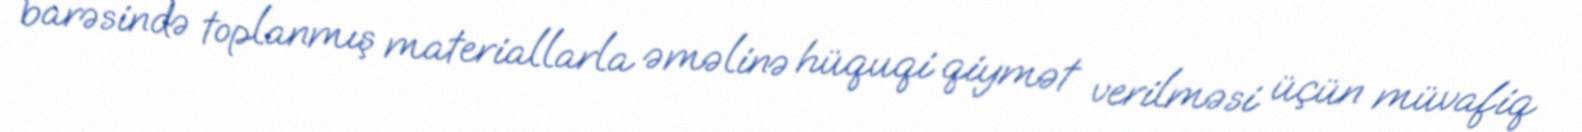
barəsində toplanmış materiallarla əməlinə hüquqi qiymət verilməsi üçün müvafiq